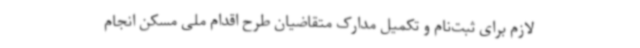
لازم برای ثبت‌نام و تکمیل مدارک متقاضیان طرح اقدام ملی مسکن انجام